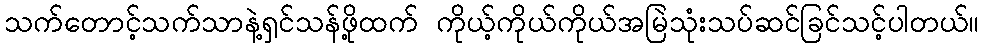
သက်တောင့်သက်သာနဲ့ရှင်သန်ဖို့ထက် ကိုယ့်ကိုယ်ကိုယ်အမြဲသုံးသပ်ဆင်ခြင်သင့်ပါတယ်။